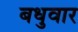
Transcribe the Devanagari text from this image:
बधुवार